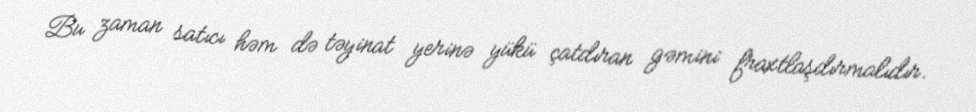
Bu zaman satıcı həm də təyinat yerinə yükü çatdıran gəmini fraxtlaşdırmalıdır.